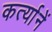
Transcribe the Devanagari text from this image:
कर्त्यानें